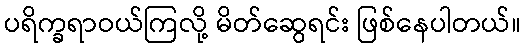
ပရိက္ခရာဝယ်ကြလို့ မိတ်ဆွေရင်း ဖြစ်နေပါတယ်။